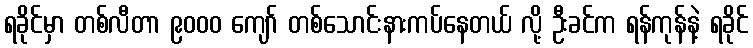
ရခိုင်မှာ တစ်လီတာ ၉၀၀၀ ကျော် တစ်သောင်းနားကပ်နေတယ် လို့ ဦးခင်က ရန်ကုန်နဲ့ ရခိုင်